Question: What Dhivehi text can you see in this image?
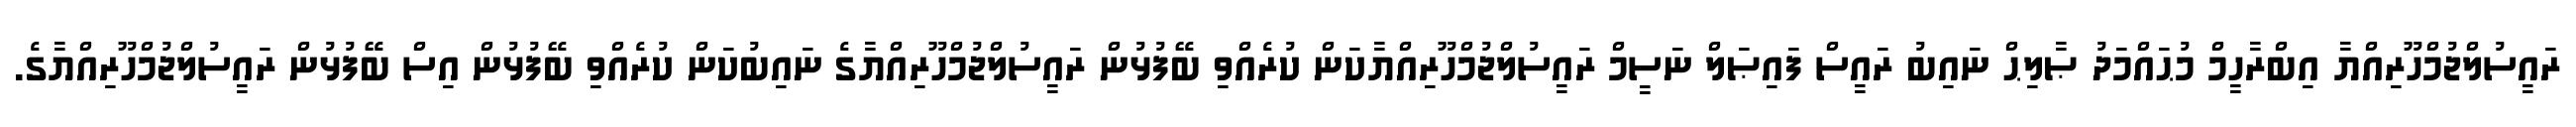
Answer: ރައީސުލްޖުމްހޫރިއްޔާ އިބްރާހީމް މުޙައްމަދު ޞާލިޙް ނައިބު ރައީސް ފައިޞަލް ނަސީމް ރައީސުލްޖުމްހޫރިއްޔާކަން ކުރެއްވި ބޭފުޅުން ރައީސުލްޖުމްހޫރިއްޔާގެ ނައިބުކަން ކުރެއްވި ބޭފުޅުން އިސް ބޭފުޅުން ރައީސުލްޖުމްހޫރިއްޔާގެ.